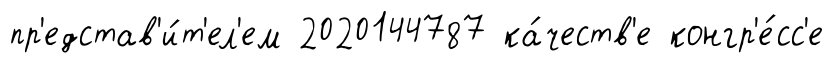
пр'едстав'и́т'ел'ем 2020144787 ка́честв'е конгр'е́сс'е